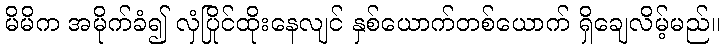
မိမိက အမိုက်ခံ၍ လှံပြိုင်ထိုးနေလျင် နှစ်ယောက်တစ်ယောက် ရှိချေလိမ့်မည်။